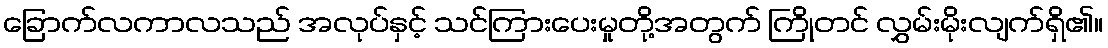
ခြောက်လကာလသည် အလုပ်နှင့် သင်ကြားပေးမှုတို့အတွက် ကြိုတင် လွှမ်းမိုးလျက်ရှိ၏။